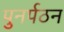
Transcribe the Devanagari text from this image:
पुनर्पठन